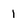
Character: l